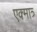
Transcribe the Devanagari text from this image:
एक्मात्र्